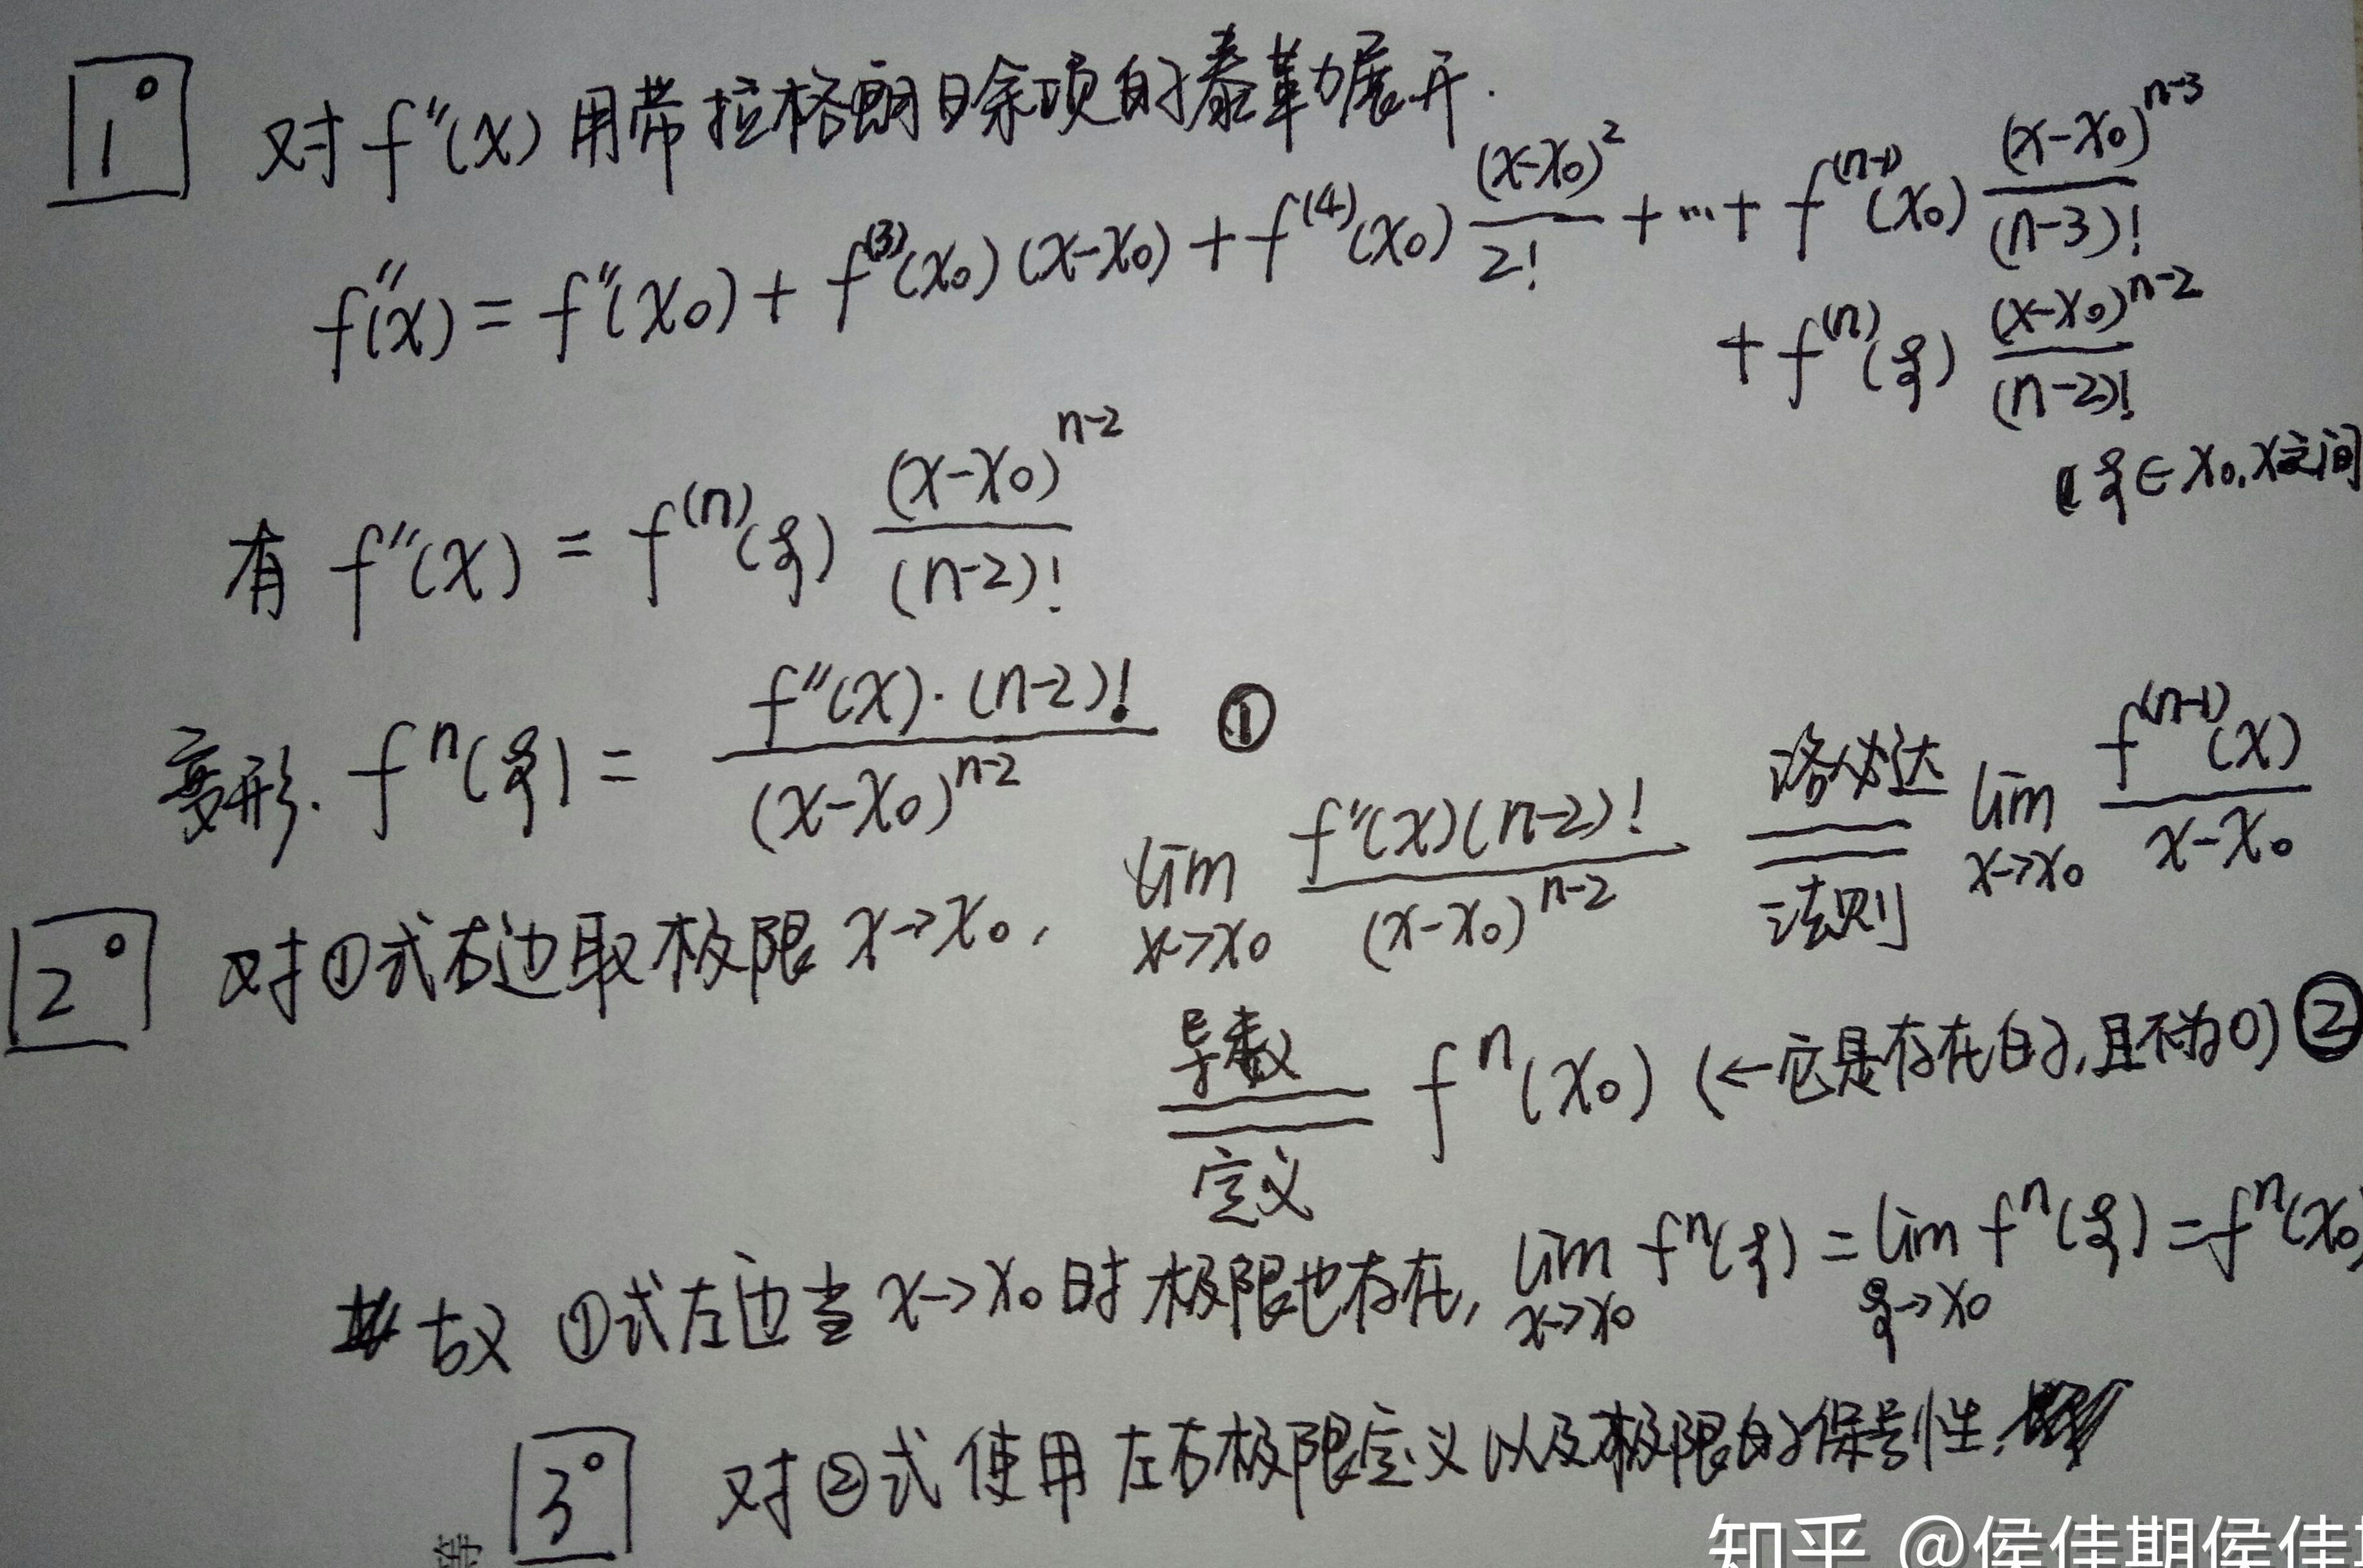
1. 对\(f^{(k)}(x)\)用带拉格朗日余项的泰勒展开：
   - \(f^{(k)}(x)=f^{(k)}(x_0)+f^{(k + 1)}(x_0)(x - x_0)+f^{(k+2)}(x_0)\frac{(x - x_0)^2}{2!}+\cdots + f^{(n-1)}(x_0)\frac{(x - x_0)^{n - 3}}{(n - 3)!}+f^{(n)}(\xi)\frac{(x - x_0)^{n - 2}}{(n - 2)!}\)，\(\xi\in(x_0,x)\)区间。
   - 有\(f^{(k)}(x)=f^{(n)}(\xi)\frac{(x - x_0)^{n - 2}}{(n - 2)!}\)。
   - 变形：\(f^{(n)}(\xi)=\frac{f^{(k)}(x)\cdot(n - 2)!}{(x - x_0)^{n - 2}}\) \textcircled{1}。
2. 对\textcircled{1}式右边取极限\(x\rightarrow x_0\)：
   - \(\lim_{x\rightarrow x_0}\frac{f^{(k)}(x)(n - 2)!}{(x - x_0)^{n - 2}}\xlongequal{洛必达法则}\lim_{x\rightarrow x_0}\frac{f^{(n-1)}(x)}{x - x_0}\xlongequal{导数定义}f^{(n)}(x_0)\)（一定是存在的，且不为 \(0\)）\textcircled{2}。
   - 故\textcircled{1}式左边当\(x\rightarrow x_0\)时极限也存在，\(\lim_{x\rightarrow x_0}f^{(n)}(\xi)=\lim_{\xi\rightarrow x_0}f^{(n)}(\xi)=f^{(n)}(x_0)\)。
3. 对\textcircled{2}式使用左右极限定义以及极限的保号性，......知乎 @侯佳期侯佳 。